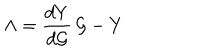
\Lambda = \frac { d Y } { d { \cal G } } \, { \cal G } - Y